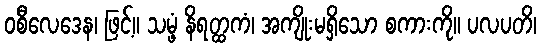
ဝစီလေဒေန၊ ဖြင့်။ သမ္ဖံ နိရတ္ထကံ၊ အကျိုးမရှိသော စကားကို။ ပလပတိ၊